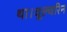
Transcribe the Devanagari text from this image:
था।वूल्वरिन